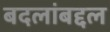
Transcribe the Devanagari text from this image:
बदलांबद्दल